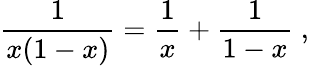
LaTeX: {\frac{1}{x(1-x)}}={\frac{1}{x}}+{\frac{1}{1-x}}\ ,